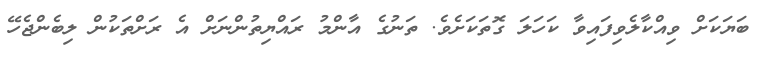
ބަޔަކަށް ވިއްކާލެވިފައިވާ ކަހަލަ ގޮތަކަށެވެ. ތަނުގެ އާންމު ރައްޔިތުންނަށް އެ ރަށްތަކުން ލިބެންޖެހޭ